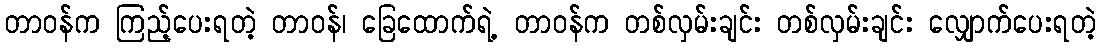
တာဝန်က ကြည့်ပေးရတဲ့ တာဝန်၊ ခြေထောက်ရဲ့ တာဝန်က တစ်လှမ်းချင်း တစ်လှမ်းချင်း လျှောက်ပေးရတဲ့